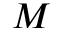
M